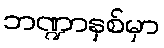
ဘဏ္ဍာနှစ်မှာ